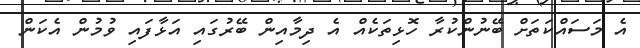
އެ މަސައްކަތަށް ބޭނުންކުރާ ހޮޅިތަކެއް އެ ދިމާއިން ބޭރުގައި އަޅާފައި ވުމުން އެކަން